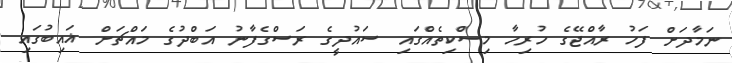
ނަމާދަށް ފަހު ރާއްޖޭގެ ހުރިހާ މިސްކިތެއްގައި ސައުދީގެ ރަސްގެފާނު އަބްދުގެ މައްޗަށް ޣައިބުގައި